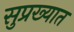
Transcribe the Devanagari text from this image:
सुप्रख्यात